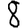
Digit: 8